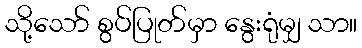
သို့သော် စွပ်ပြုတ်မှာ နွေးရုံမျှ သာ။